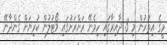
މީގެ އިތުރުން މި 3 ދާއިރާގައި ހިމެނޭ ރަށްރަށުގައި ވޯޓުލުން ކުރިޔަށް ގެންދާނޭ